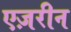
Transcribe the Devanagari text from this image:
एज़रीन